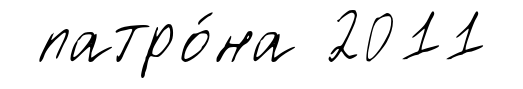
патро́на 2011